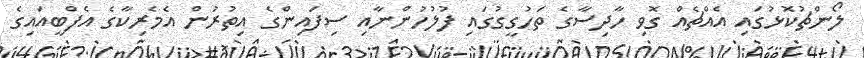
ލޯންޗުކޮޅުގައި އެއްޗެއް ގޮވި ހާދިސާގެ ތަހުގީގުގައި ފުލުހުންނާއި ސިފައިންގެ އިތުރުން އެމެރިކާގެ އެފްބީއައިގެ